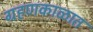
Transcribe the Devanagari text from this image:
ग्रहणकाळात